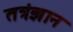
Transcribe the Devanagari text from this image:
तत्रंज्ञान